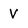
Character: v